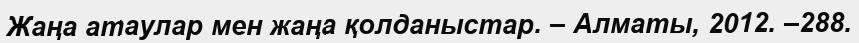
Жаңа атаулар мен жаңа қолданыстар. – Алматы, 2012. –288.